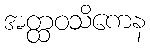
အတ္ထဝသိကေန